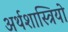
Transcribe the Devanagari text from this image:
अर्थशास्त्रियो